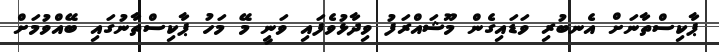
ޕާކިސްތާނަށް އެނބުރި ވަޑައިގެން މޫޝައްރަފު ވިދާޅުވެފައި ވަނީ މޭ މަހު ޕާކިސްތާނުގައި ބޭއްވުމަށް